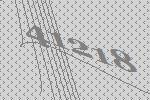
41218